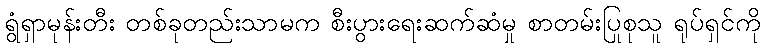
ရွံရှာမုန်းတီး တစ်ခုတည်းသာမက စီးပွားရေးဆက်ဆံမှု စာတမ်းပြုစုသူ ရုပ်ရှင်ကို